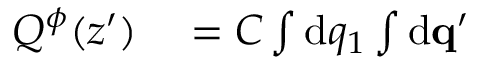
\begin{array} { r l } { Q ^ { \phi } ( z ^ { \prime } ) } & { { } = C \int \ensuremath { \mathrm { d } } q _ { 1 } \int \ensuremath { \mathrm { d } } \mathbf { q } ^ { \prime } \ } \end{array}